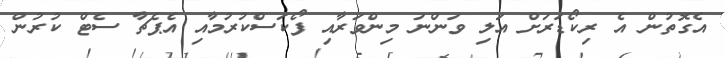
އެގޮތުން އެ ރިކޯޑަރަށް އަލި ވަންނަ މިންވަރާއި ފޯކަސްކުރުމާއި އެޕެޗާ ސެޓް ކުރުން